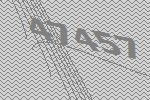
47457